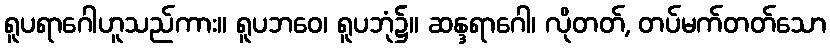
ရူပရာဂေါဟူသည်ကား။ ရူပဘဝေ၊ ရူပဘုံ၌။ ဆန္ဒရာဂေါ၊ လိုတတ်, တပ်မက်တတ်သော